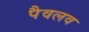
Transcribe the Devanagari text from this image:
पैवलव